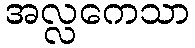
အလ္လကေသာ